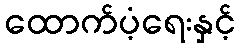
ထောက်ပံ့ရေးနှင့်